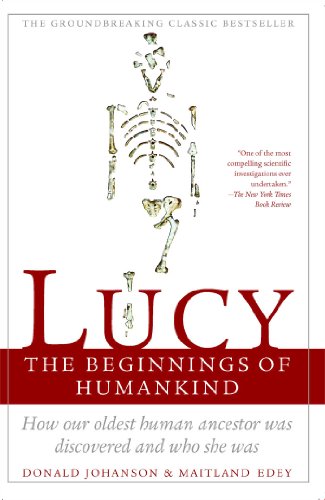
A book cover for LUCY: THE BEGINNINGS OF HUMANKIND; Donald Johanson; Science & Math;